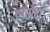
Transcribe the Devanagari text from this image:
उत्तरौडा